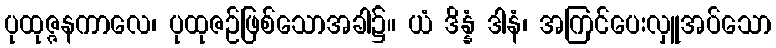
ပုထုဇ္ဇနကာလေ၊ ပုထုဇဉ်ဖြစ်သောအခါ၌။ ယံ ဒိန္နံ ဒါနံ၊ အကြင်ပေးလှူအပ်သော